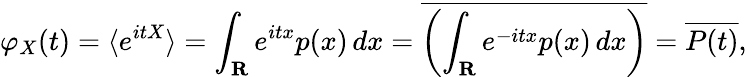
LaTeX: \varphi_{X}(t)=\langle e^{itX}\rangle=\int_{\mathbf{R}}e^{itx}p(x)\, dx={\overline{{\left(\int_{\mathbf{R}}e^{-itx}p(x)\, dx\right)}}}={\overline{{P(t)}}},